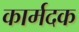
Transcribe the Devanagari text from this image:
कार्मदक